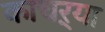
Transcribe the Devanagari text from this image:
काचऱ्या